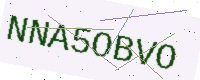
Text: NNA5OBVO